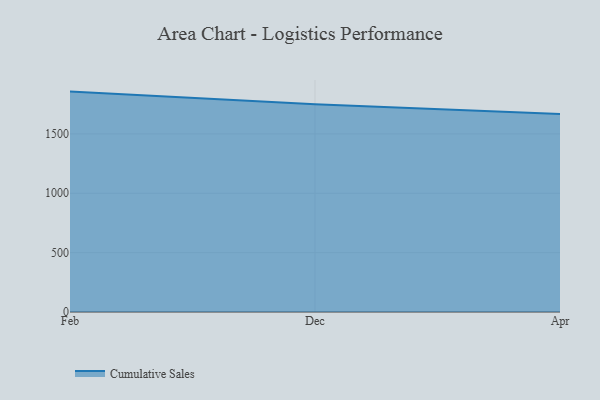
{"axis": {"x": "Month", "y": "Humidity (%)"}, "legend": ["Cumulative Sales"], "data": [{"x": "Feb", "y": 1856.6, "type": "Cumulative Sales"}, {"x": "Dec", "y": 1749.2, "type": "Cumulative Sales"}, {"x": "Apr", "y": 1667.0, "type": "Cumulative Sales"}]}